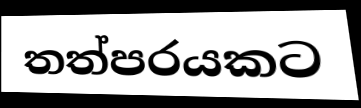
තත්පරයකට